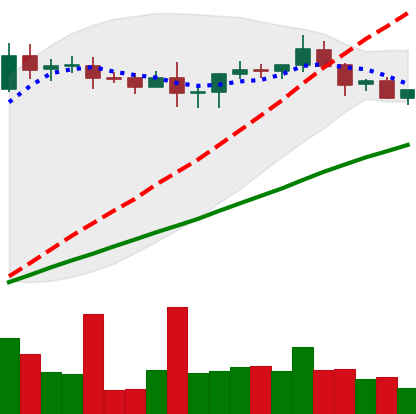
Ticker: XRP-USD
Chart end date: 2020-08-22
Forward return: -7.69%
Label: down_7plus